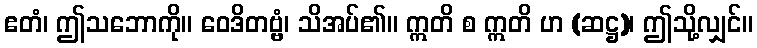
ဧတံ၊ ဤသဘောကို။ ဝေဒိတဗ္ဗံ၊ သိအပ်၏။ ဣတိ စ ဣတိ ဟ (ဆဋ္ဌ)၊ ဤသို့လျှင်။